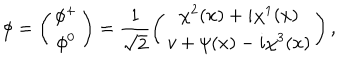
\phi = \left( \begin{matrix} { { \phi ^ { + } } } \\ { { \phi ^ { 0 } } } \\ \end{matrix} \right) = \frac { 1 } { \sqrt { 2 } } \left( \begin{matrix} { { \chi ^ { 2 } ( x ) + i \chi ^ { 1 } ( x ) } } \\ { { v + \psi ( x ) - i \chi ^ { 3 } ( x ) } } \\ \end{matrix} \right) ,